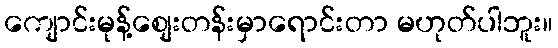
ကျောင်းမုန့်စျေးတန်းမှာရောင်းတာ မဟုတ်ပါဘူး။